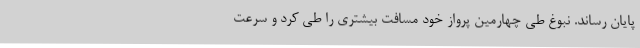
پایان رساند. نبوغ طی چهارمین پرواز خود مسافت بیشتری را طی کرد و سرعت